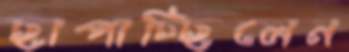
ছাপাচ্ছিলেন